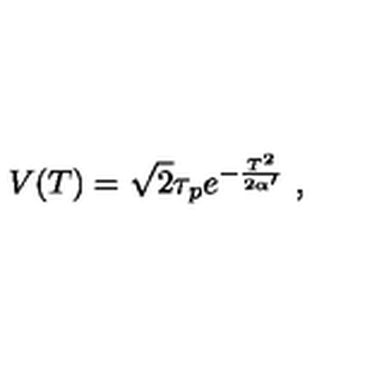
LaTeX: V ( T ) = \sqrt { 2 } \tau _ { p } e ^ { - { \frac { T ^ { 2 } } { 2 \alpha ^ { \prime } } } } \ ,